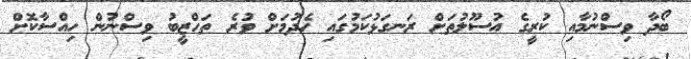
ބޯދާ ވިސްނުމާއި ކުރީގެ އުސޫލުތަށް ރަނގަޅުކަމުގައި ހެދުމަށް ވުރެ ތަހްޒީބު ވިސްނުން ހިއްސާކޮށް